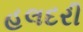
હલદરી